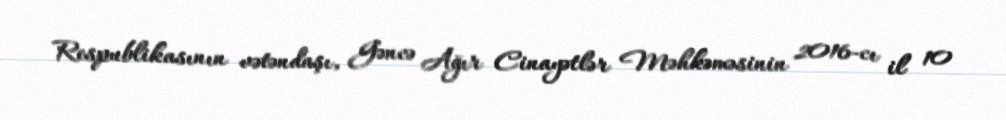
Respublikasının vətəndaşı, Gəncə Ağır Cinayətlər Məhkəməsinin 2016-cı il 10